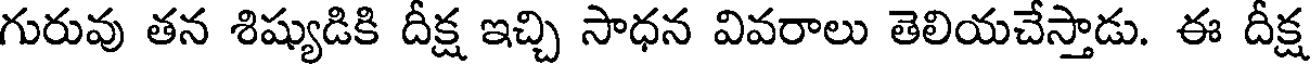
గురువు తన శిష్యుడికి దీక్ష ఇచ్చి సాధన వివరాలు తెలియచేస్తాడు. ఈ దీక్ష